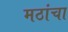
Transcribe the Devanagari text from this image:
मठांचा